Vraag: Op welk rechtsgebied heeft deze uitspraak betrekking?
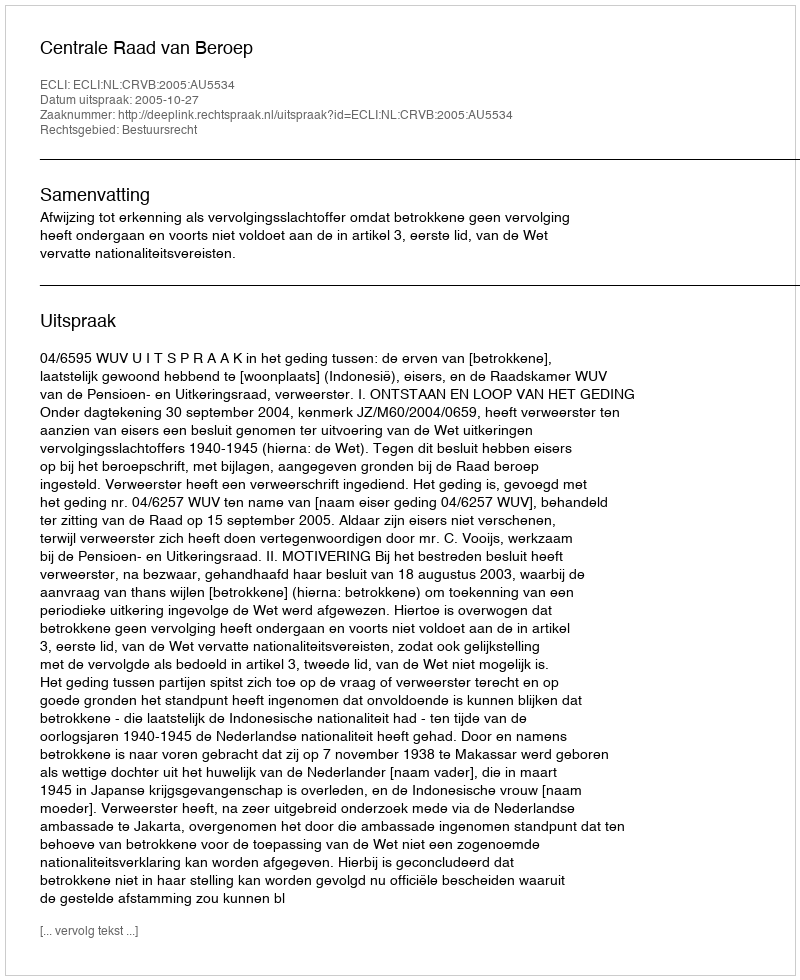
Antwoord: Bestuursrecht